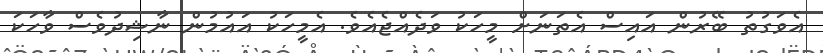
އެވަގުތު ބޭރުން އައިސް އެތަނަށް މީހަކު ވަދެއްޖެއެވެ. އެމީހަކު އައުމުން ނާޝިދުވެސް ވާހަކަ